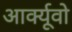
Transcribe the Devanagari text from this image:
आर्क्यूवो